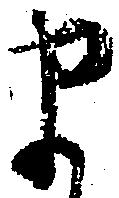
ま